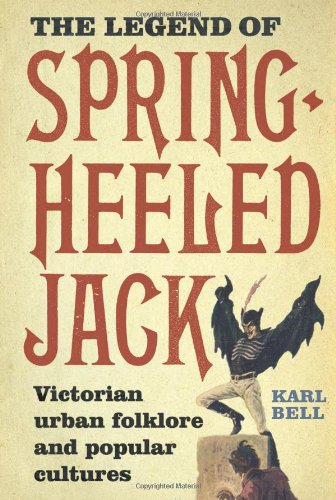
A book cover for The Legend of Spring-Heeled Jack; Karl Bell; Humor & Entertainment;